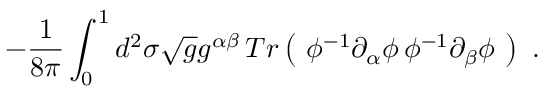
- \frac { 1 } { 8 \pi } \int _ { 0 } ^ { 1 } d ^ { 2 } \sigma \sqrt { g } g ^ { \alpha \beta } \, T r \left( \ \phi ^ { - 1 } \partial _ { \alpha } \phi \, \phi ^ { - 1 } \partial _ { \beta } \phi \ \right) \ .